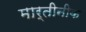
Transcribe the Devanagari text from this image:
मार्तीनीक